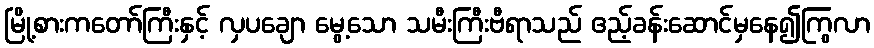
မြို့စားကတော်ကြီးနှင့် လှပချော မွေ့သော သမီးကြီးဗီရာသည် ဧည့်ခန်းဆောင်မှနေ၍ကြွလာ